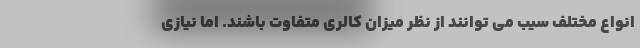
انواع مختلف سیب می توانند از نظر میزان کالری متفاوت باشند. اما نیازی